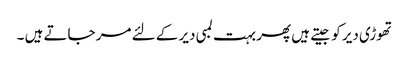
تھوڑی دیر کو جیتے ہیں پھر بہت لمبی دیر کے لئے مر جاتے ہیں ۔